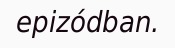
epizódban.